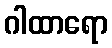
ဂါထာရော